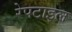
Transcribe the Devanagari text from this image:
रेपटाइल